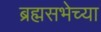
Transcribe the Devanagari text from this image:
ब्रह्मसभेच्या